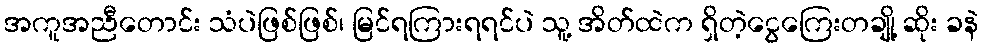
အကူအညီတောင်း သံပဲဖြစ်ဖြစ်၊ မြင်ရကြားရရင်ပဲ သူ့ အိတ်ထဲက ရှိတဲ့ငွေကြေးတချို့ ဆိုး ခနဲ